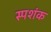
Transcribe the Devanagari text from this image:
स्पशंक